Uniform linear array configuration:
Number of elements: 12
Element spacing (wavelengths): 1
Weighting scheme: hamming
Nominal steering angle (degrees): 30
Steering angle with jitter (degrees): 29.493
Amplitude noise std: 0.05
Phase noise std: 0.05

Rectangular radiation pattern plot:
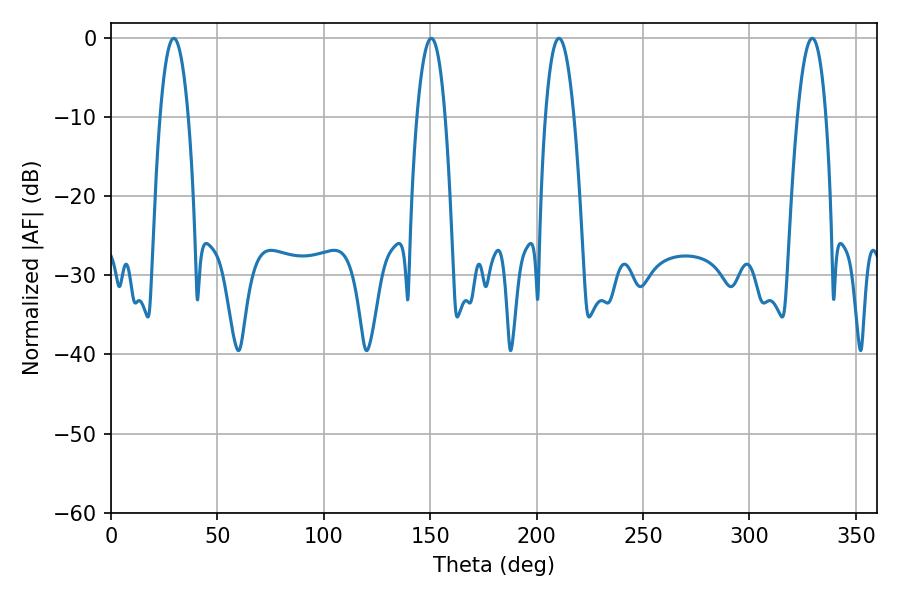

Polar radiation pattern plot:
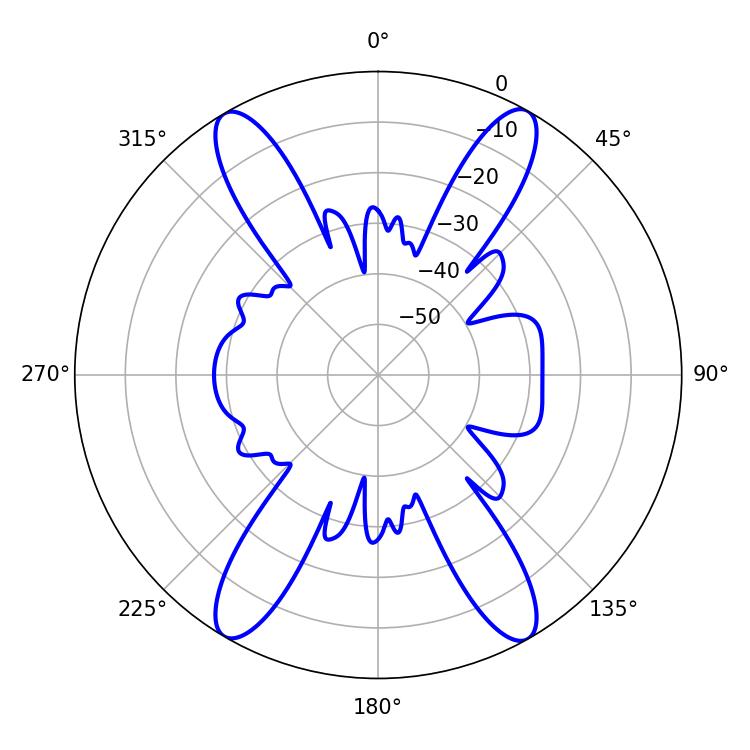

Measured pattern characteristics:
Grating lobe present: TRUE
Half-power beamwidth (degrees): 7.38
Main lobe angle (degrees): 29.52